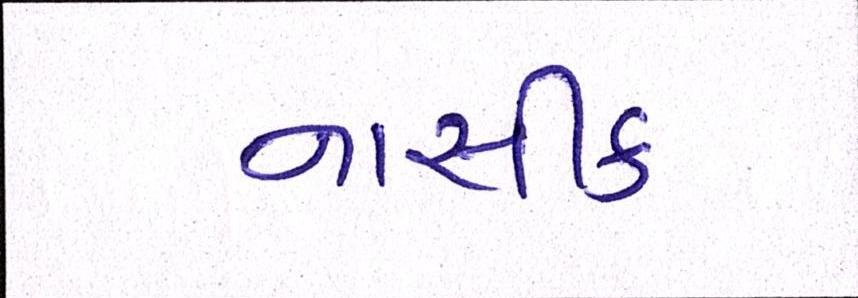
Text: નાસીક